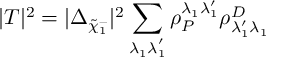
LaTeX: | T | ^ { 2 } = | \Delta _ { \tilde { \chi } _ { 1 } ^ { - } } | ^ { 2 } \sum _ { \lambda _ { 1 } \lambda _ { 1 } ^ { ' } } \rho _ { P } ^ { \lambda _ { 1 } \lambda _ { 1 } ^ { \prime } } \rho _ { \lambda _ { 1 } ^ { \prime } \lambda _ { 1 } } ^ { D }